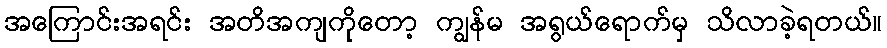
အကြောင်းအရင်း အတိအကျကိုတော့ ကျွန်မ အရွယ်ရောက်မှ သိလာခဲ့ရတယ်။